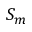
S _ { m }